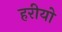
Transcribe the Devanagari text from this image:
हरीयो